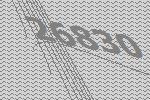
26830